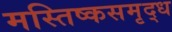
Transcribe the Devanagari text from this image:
मस्तिष्कसमृद्ध